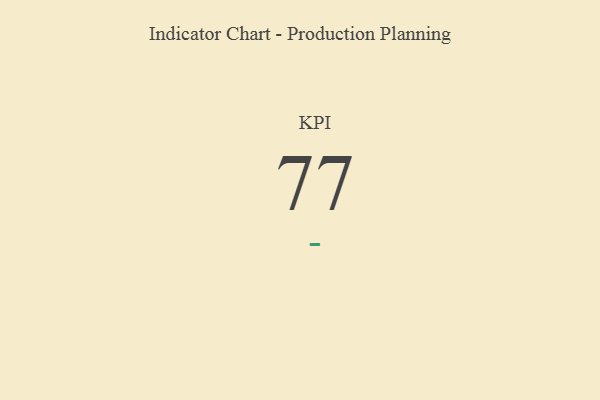
{"axis": {"x": "KPI", "y": "Value"}, "legend": [""], "data": [{"x": "KPI", "y": 77, "type": ""}]}